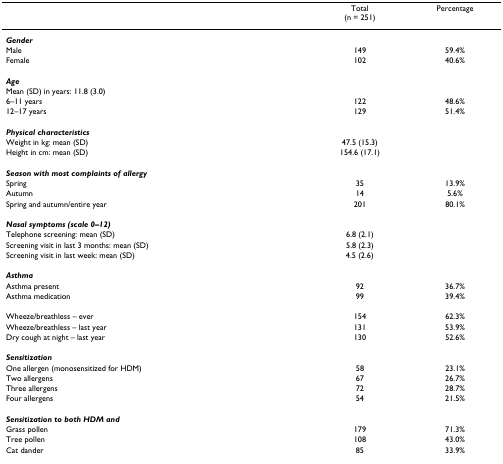
|  | Total(n = 251) | Percentage |
 | --- | --- | --- |
 | Gender |  |  |
 | Male | 149 | 59.4% |
 | Female | 102 | 40.6% |
 | Age |  |  |
 | Mean (SD) in years: 11.8 (3.0) |  |  |
 | 6–11 years | 122 | 48.6% |
 | 12–17 years | 129 | 51.4% |
 | Physical characteristics |  |  |
 | Weight in kg: mean (SD) | 47.5 (15.3) |  |
 | Height in cm: mean (SD) | 154.6 (17.1) |  |
 | Season with most complaints of allergy |  |  |
 | Spring | 35 | 13.9% |
 | Autumn | 14 | 5.6% |
 | Spring and autumn/entire year | 201 | 80.1% |
 | Nasal symptoms (scale 0–12) |  |  |
 | Telephone screening: mean (SD) | 6.8 (2.1) |  |
 | Screening visit in last 3 months: mean (SD) | 5.8 (2.3) |  |
 | Screening visit in last week: mean (SD) | 4.5 (2.6) |  |
 | Asthma |  |  |
 | Asthma present | 92 | 36.7% |
 | Asthma medication | 99 | 39.4% |
 | Wheeze/breathless – ever | 154 | 62.3% |
 | Wheeze/breathless – last year | 131 | 53.9% |
 | Dry cough at night – last year | 130 | 52.6% |
 | Sensitization |  |  |
 | One allergen (monosensitized for HDM) | 58 | 23.1% |
 | Two allergens | 67 | 26.7% |
 | Three allergens | 72 | 28.7% |
 | Four allergens | 54 | 21.5% |
 | Sensitization to both HDM and |  |  |
 | Grass pollen | 179 | 71.3% |
 | Tree pollen | 108 | 43.0% |
 | Cat dander | 85 | 33.9% |